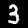
Digit: 3